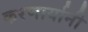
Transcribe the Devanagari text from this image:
करणार्यानी